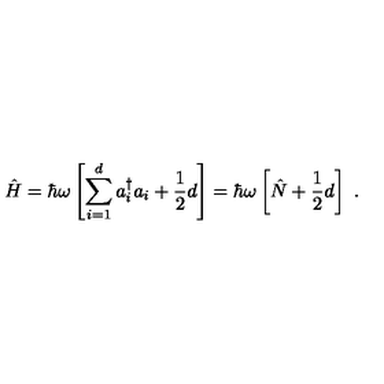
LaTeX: \hat { H } = \hbar \omega \left[ \sum _ { i = 1 } ^ { d } a _ { i } ^ { \dagger } a _ { i } + \frac { 1 } { 2 } d \right] = \hbar \omega \left[ \hat { N } + \frac { 1 } { 2 } d \right] \ .